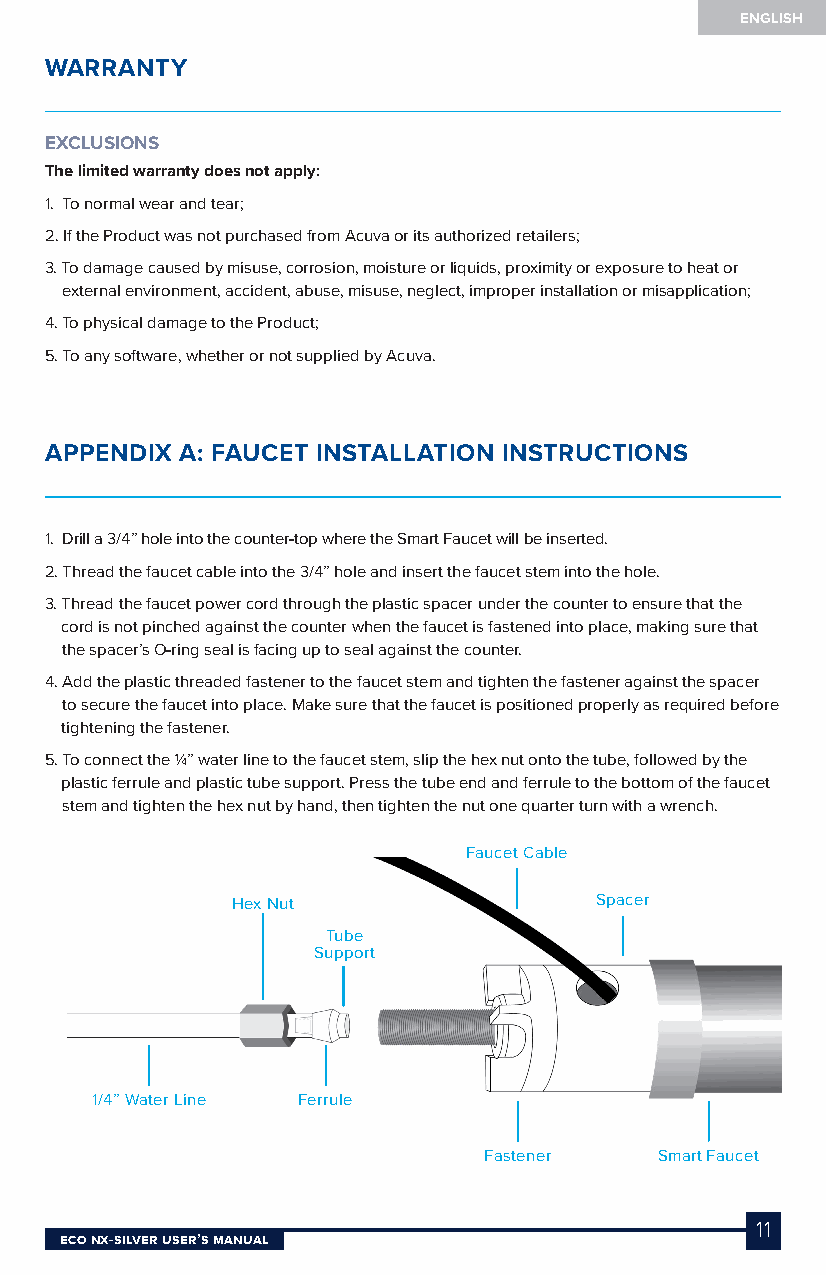
ENGLISH
 WARRANTY
 EXCLUSIONS
 The limited warranty does not apply:
 1. To normal wear and tear;
 2. If the Product was not purchased from Acuva or its authorized retailers;
 3. To damage caused by misuse, corrosion, moisture or liquids, proximity or exposure to heat or
 external environment, accident, abuse, misuse, neglect, improper installation or misapplication;
 4. To physical damage to the Product;
 5. To any software, whether or not supplied by Acuva.
 APPENDIX A: FAUCET INSTALLATION INSTRUCTIONS
 1. Drill a 3/4” hole into the counter-top where the Smart Faucet will be inserted.
 2. Thread the faucet cable into the 3/4” hole and insert the faucet stem into the hole.
 3. Thread the faucet power cord through the plastic spacer under the counter to ensure that the
 cord is not pinched against the counter when the faucet is fastened into place, making sure that
 the spacer’s O-ring seal is facing up to seal against the counter.
 4. Add the plastic threaded fastener to the faucet stem and tighten the fastener against the spacer
 to secure the faucet into place. Make sure that the faucet is positioned properly as required before
 tightening the fastener.
 5. To connect the ¼” water line to the faucet stem, slip the hex nut onto the tube, followed by the
 plastic ferrule and plastic tube support. Press the tube end and ferrule to the bottom of the faucet
 stem and tighten the hex nut by hand, then tighten the nut one quarter turn with a wrench.
 Faucet Cable
 Hex Nut                 Spacer
 Tube
 Support
 1/4” Water Line Ferrule
 Fastener    Smart Faucet
 11
 Eco NX-SilvEr USEr’S MaNUal